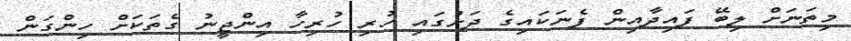
މިތަނަށް ލިބޭ ފައިދާއިން ފެނަކައިގެ ދަށުގައި ހުރި ހުރިހާ އިންޖީނު ގެތަކަށް ހިންގަން